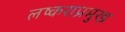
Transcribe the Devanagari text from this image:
लष्कराप्रमुख